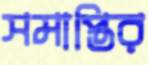
সমাপ্তির